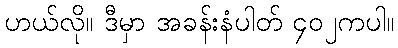
ဟယ်လို။ ဒီမှာ အခန်းနံပါတ် ၄၀၂ကပါ။